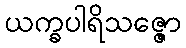
ယက္ခပါရိသဇ္ဇော